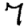
Digit: 7